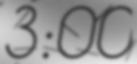
3:00